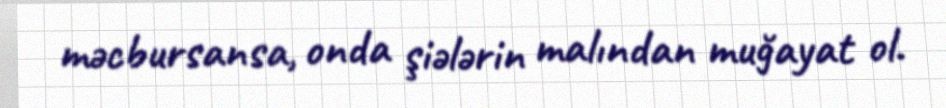
məcbursansa, onda şiələrin malından muğayat ol.